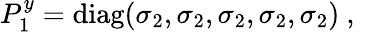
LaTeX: P_{1}^{y}=\mathrm{diag}(\sigma_{2},\sigma_{2},\sigma_{2},\sigma_{2},\sigma_{2})~,~\,